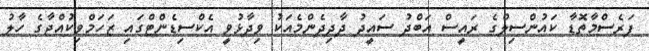
ފަރެސްމާތޮޑާ ކައުންސިލްގެ ރައީސް އަބްދު ސައީދު ދާދިދެންމެއަކު ވިދާޅުވީ އެކްސިޑެންޓްގައި ޒަހަމްވިކުއްޖާގެ ހާލު